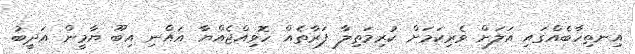
އިނތިހާބެއްގައި އަލަށް ވެރިކަމަށް ކުރިމަތިލާ ފަރާތެއް ހޮވިއްޖެއްޔާ އައްނި އިބޫ ޔާމީން އަދީބު